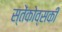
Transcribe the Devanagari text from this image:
स्तेंकोव्सकी